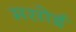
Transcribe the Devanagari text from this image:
मसोई